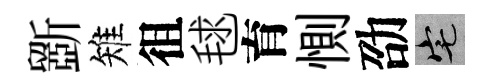
斵雉徂毬育惻劭宅